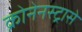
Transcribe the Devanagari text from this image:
क्रोनेनस्ट्रासे